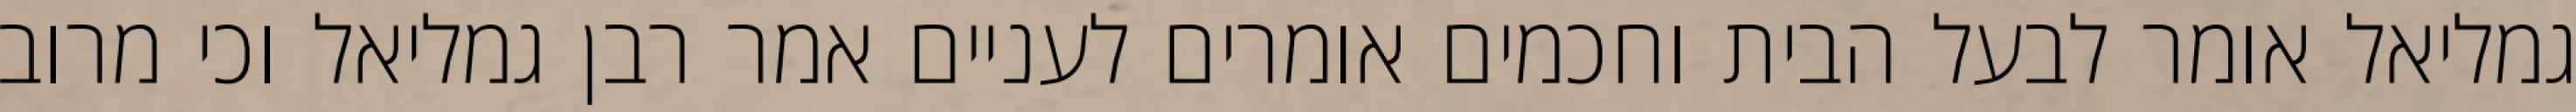
גמליאל אומר לבעל הבית וחכמים אומרים לעניים אמר רבן גמליאל וכי מרוב